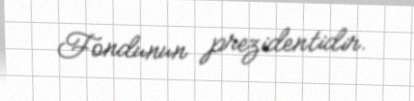
Fondunun prezidentidir.